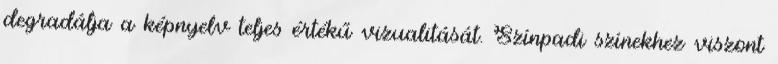
degradálja a képnyelv teljes értékű vizualitását. Színpadi színekhez viszont